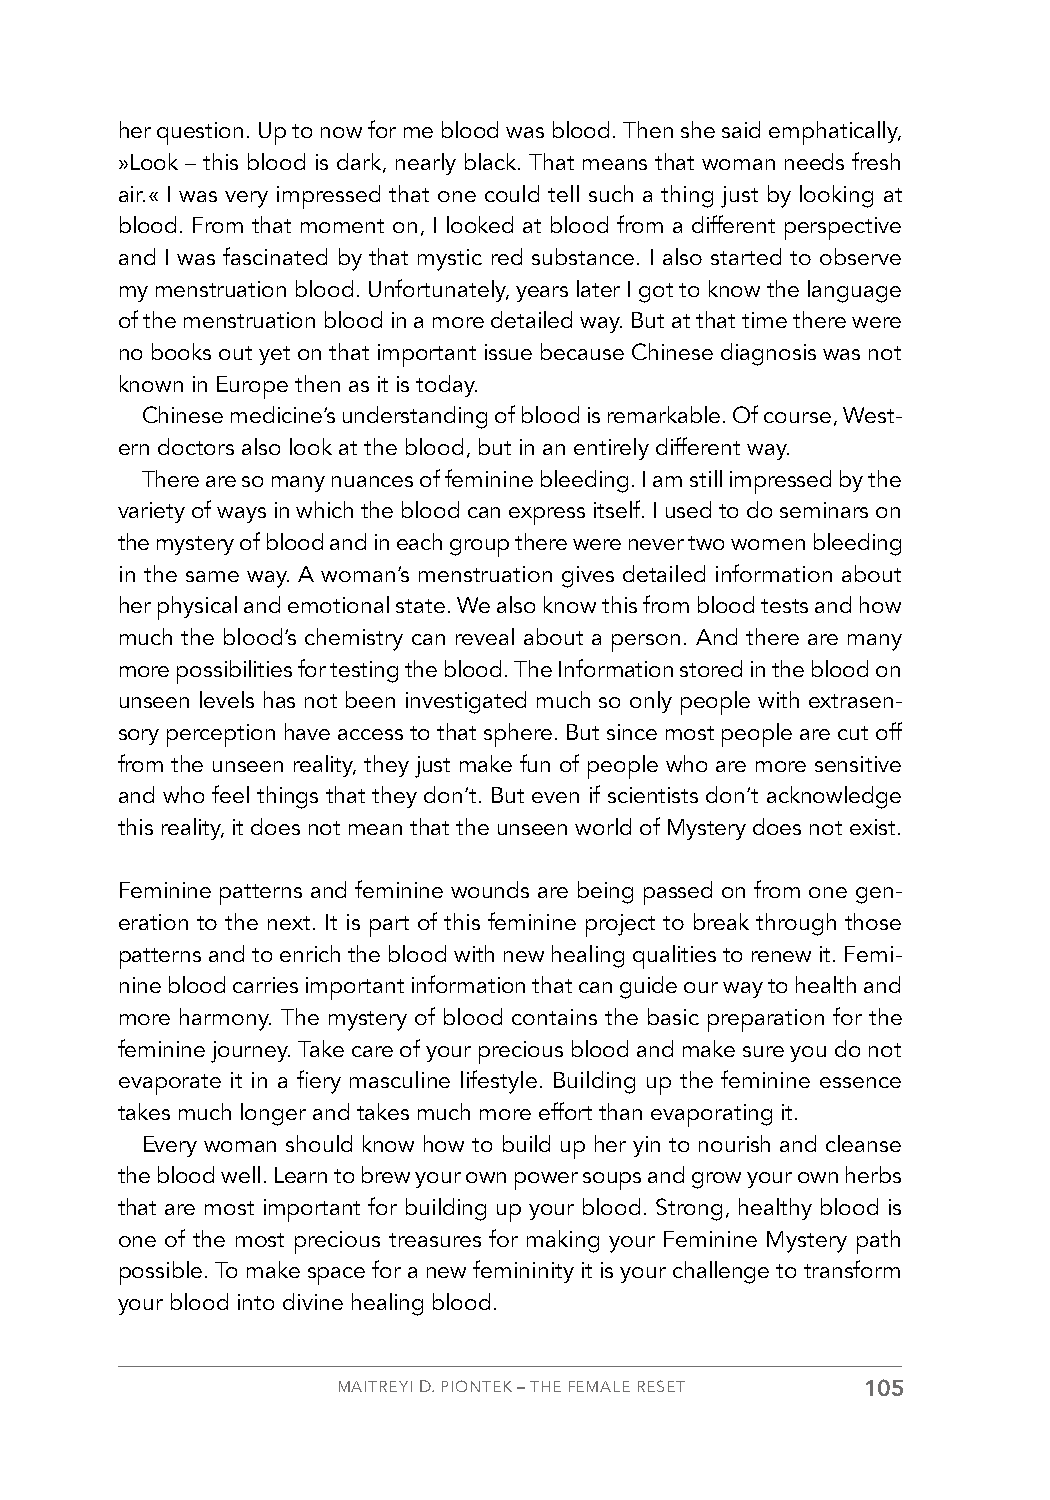
her question. Up to now for me blood was blood. Then she said emphatically,
 »Look – this blood is dark, nearly black. That means that woman needs fresh
 air.« I was very impressed that one could tell such a thing just by looking at
 blood. From that moment on, I looked at blood from a different perspective
 and I was fascinated by that mystic red substance. I also started to observe
 my menstruation blood. Unfortunately, years later I got to know the language
 of the menstruation blood in a more detailed way. But at that time there were
 no books out yet on that important issue because Chinese diagnosis was not
 known in Europe then as it is today.
 Chinese medicine’s understanding of blood is remarkable. Of course, West-
 ern doctors also look at the blood, but in an entirely different way.
 There are so many nuances of feminine bleeding. I am still impressed by the
 variety of ways in which the blood can express itself. I used to do seminars on
 the mystery of blood and in each group there were never two women bleeding
 in the same way. A woman’s menstruation gives detailed information about
 her physical and emotional state. We also know this from blood tests and how
 much the blood’s chemistry can reveal about a person. And there are many
 more possibilities for testing the blood. The Information stored in the blood on
 unseen levels has not been investigated much so only people with extrasen-
 sory perception have access to that sphere. But since most people are cut off
 from the unseen reality, they just make fun of people who are more sensitive
 and who feel things that they don’t. But even if scientists don’t acknowledge
 this reality, it does not mean that the unseen world of Mystery does not exist.
 Feminine patterns and feminine wounds are being passed on from one gen-
 eration to the next. It is part of this feminine project to break through those
 patterns and to enrich the blood with new healing qualities to renew it. Femi-
 nine blood carries important information that can guide our way to health and
 more harmony. The mystery of blood contains the basic preparation for the
 feminine journey. Take care of your precious blood and make sure you do not
 evaporate it in a fiery masculine lifestyle. Building up the feminine essence
 takes much longer and takes much more effort than evaporating it.
 Every woman should know how to build up her yin to nourish and cleanse
 the blood well. Learn to brew your own power soups and grow your own herbs
 that are most important for building up your blood. Strong, healthy blood is
 one of the most precious treasures for making your Feminine Mystery path
 possible. To make space for a new femininity it is your challenge to transform
 your blood into divine healing blood.
 MAITREYI D. PIONTEK – THE FEMALE RESET 105